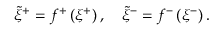
\tilde { \xi } ^ { + } = f ^ { + } \left( \xi ^ { + } \right) , \quad \tilde { \xi } ^ { - } = f ^ { - } \left( \xi ^ { - } \right) .